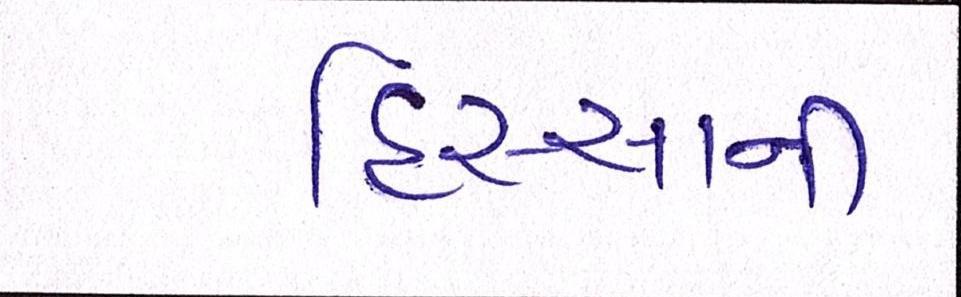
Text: હિસ્સાની